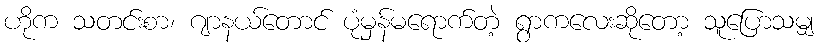
ဟိုက သတင်းစာ၊ ဂျာနယ်တောင် ပုံမှန်မရောက်တဲ့ ရွာကလေးဆိုတော့ သူပြောသမျှ